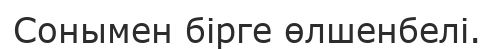
Сонымен бiрге өлшенбелі.